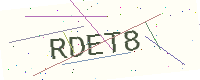
Text: RDET8